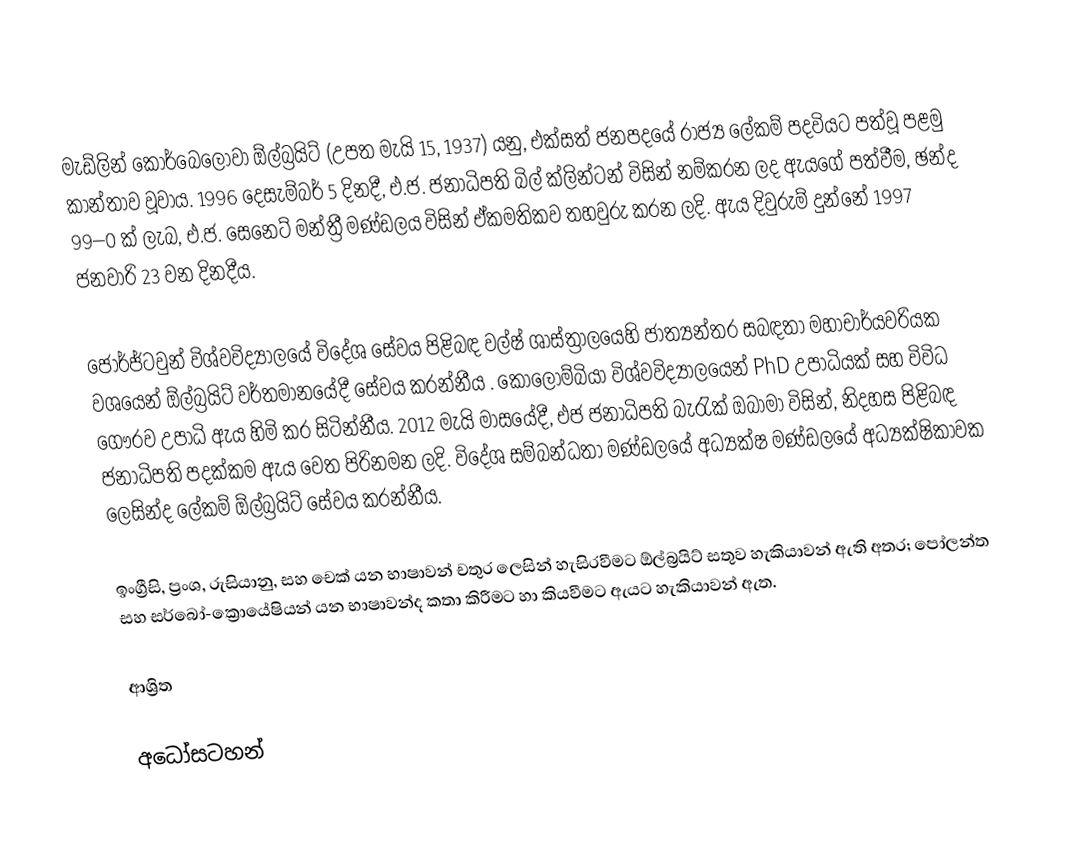
මැඩ්ලින් කොර්බෙලොවා ඕල්බ්‍රයිට් (උපත මැයි 15, 1937) යනු, එක්සත් ජනපදයේ රාජ්‍ය ලේකම් පදවියට පත්වූ පළමු කාන්තාව වූවාය. 1996 දෙසැම්බර් 5 දිනදී, එ.ජ. ජනාධිපති බිල් ක්ලින්ටන් විසින් නම්කරන ලද ඇයගේ පත්වීම, ඡන්ද 99–0 ක් ලැබ, එ.ජ. සෙනෙට් මන්ත්‍රී මණ්ඩලය විසින්  ඒකමතිකව තහවුරු කරන ලදි.  ඇය දිවුරුම් දුන්නේ 1997 ජනවාරි 23 වන දිනදීය.
‍
 ජෝර්ජ්ටවුන් විශ්වවිද්‍යාලයේ  විදේශ සේවය පිළිබඳ වල්ෂ් ශාස්ත්‍රාලයෙහි ජාත්‍යන්තර සබඳතා මහාචාර්යවරියක වශයෙන් ඕල්බ්‍රයිට් වර්තමානයේදී සේවය කරන්නීය . කොලොම්බියා විශ්වවිද්‍යාලයෙන් PhD උපාධියක් සහ විවිධ ගෞරව උපාධි ඇය හිමි කර සිටින්නීය. 2012 මැයි මාසයේදී, එජ ජනාධිපති බැරැක් ඔබාමා විසින්, නිදහස පිළිබඳ ජනාධිපති පදක්කම ඇය වෙත පිරිනමන ලදි.  විදේශ සම්බන්ධතා මණ්ඩලයේ අධ්‍යක්ෂ මණ්ඩලයේ අධ්‍යක්ෂිකාවක ලෙසින්ද ලේකම් ඕල්බ්‍රයිට් සේවය කරන්නීය.

ඉංග්‍රීසි, ප්‍රංශ, රුසියානු, සහ චෙක් යන භාෂාවන් චතුර ලෙසින් හැසිරවීමට ඕල්බ්‍රයිට් සතුව හැකියාවන් ඇති අතර; පෝලන්ත සහ සර්බෝ-ක්‍රොයේෂියන් යන භාෂාවන්ද කතා කිරීමට හා කියවීමට ඇයට හැකියාවන් ඇත.

ආශ්‍රිත

අධෝසටහන්